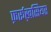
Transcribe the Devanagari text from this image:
फ़र्रूख़सियर